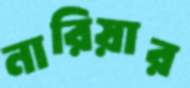
নারিয়ার